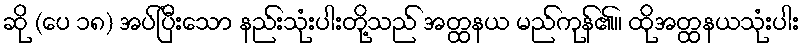
ဆို (ပေ ၁၈) အပ်ပြီးသော နည်းသုံးပါးတို့သည် အတ္ထနယ မည်ကုန်၏။ ထိုအတ္ထနယသုံးပါး